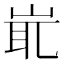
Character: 𡷝